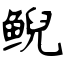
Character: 鲵